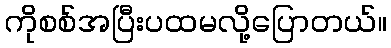
ကိုစစ်အပြီးပထမလို့ပြောတယ်။